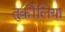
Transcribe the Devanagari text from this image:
तुर्कौलिया